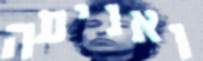
ואניעה